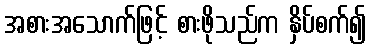
အစားအသောက်ဖြင့် စားဖိုသည်က နှိပ်စက်၍